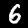
Label: 6